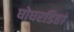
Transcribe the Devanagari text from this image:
घोघरडिहा